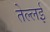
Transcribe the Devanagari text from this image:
तेल्लई